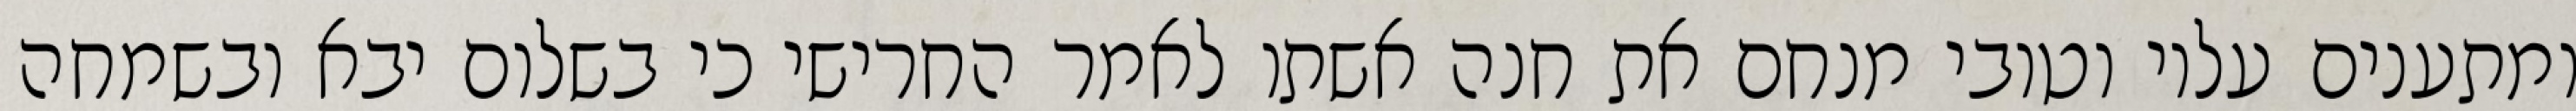
ומתענים עליו וטובי מנחם את חנה אשתו לאמר החרישי כי בשלום יבא ובשמחה